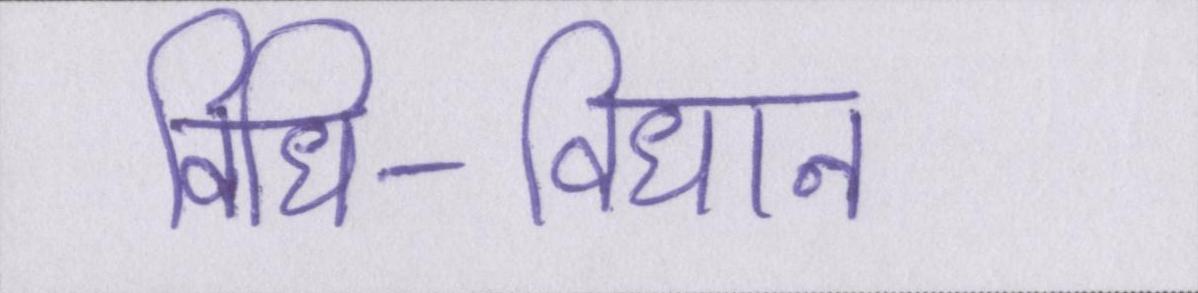
विधि-विधान